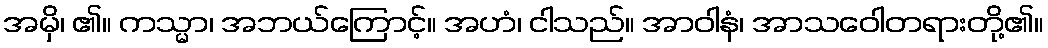
အမှိ၊ ၏။ ကသ္မာ၊ အဘယ်ကြောင့်။ အဟံ၊ ငါသည်။ အာဝါနံ၊ အာသဝေါတရားတို့၏။